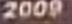
2009